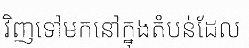
វិញទៅមកនៅក្នុងតំបន់ដែល